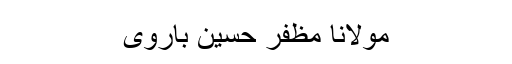
مولانا مظفر حسین باروی